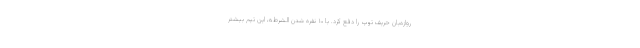
روازه‌بان حریف توپ را دفع کرد. با ۱۰ نفره شدن الشرطه، این تیم بیشتر